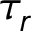
\tau _ { r }